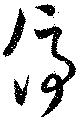
停